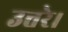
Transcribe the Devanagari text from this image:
उत्तरे।